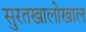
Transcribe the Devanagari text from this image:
सुरतखालोखाल